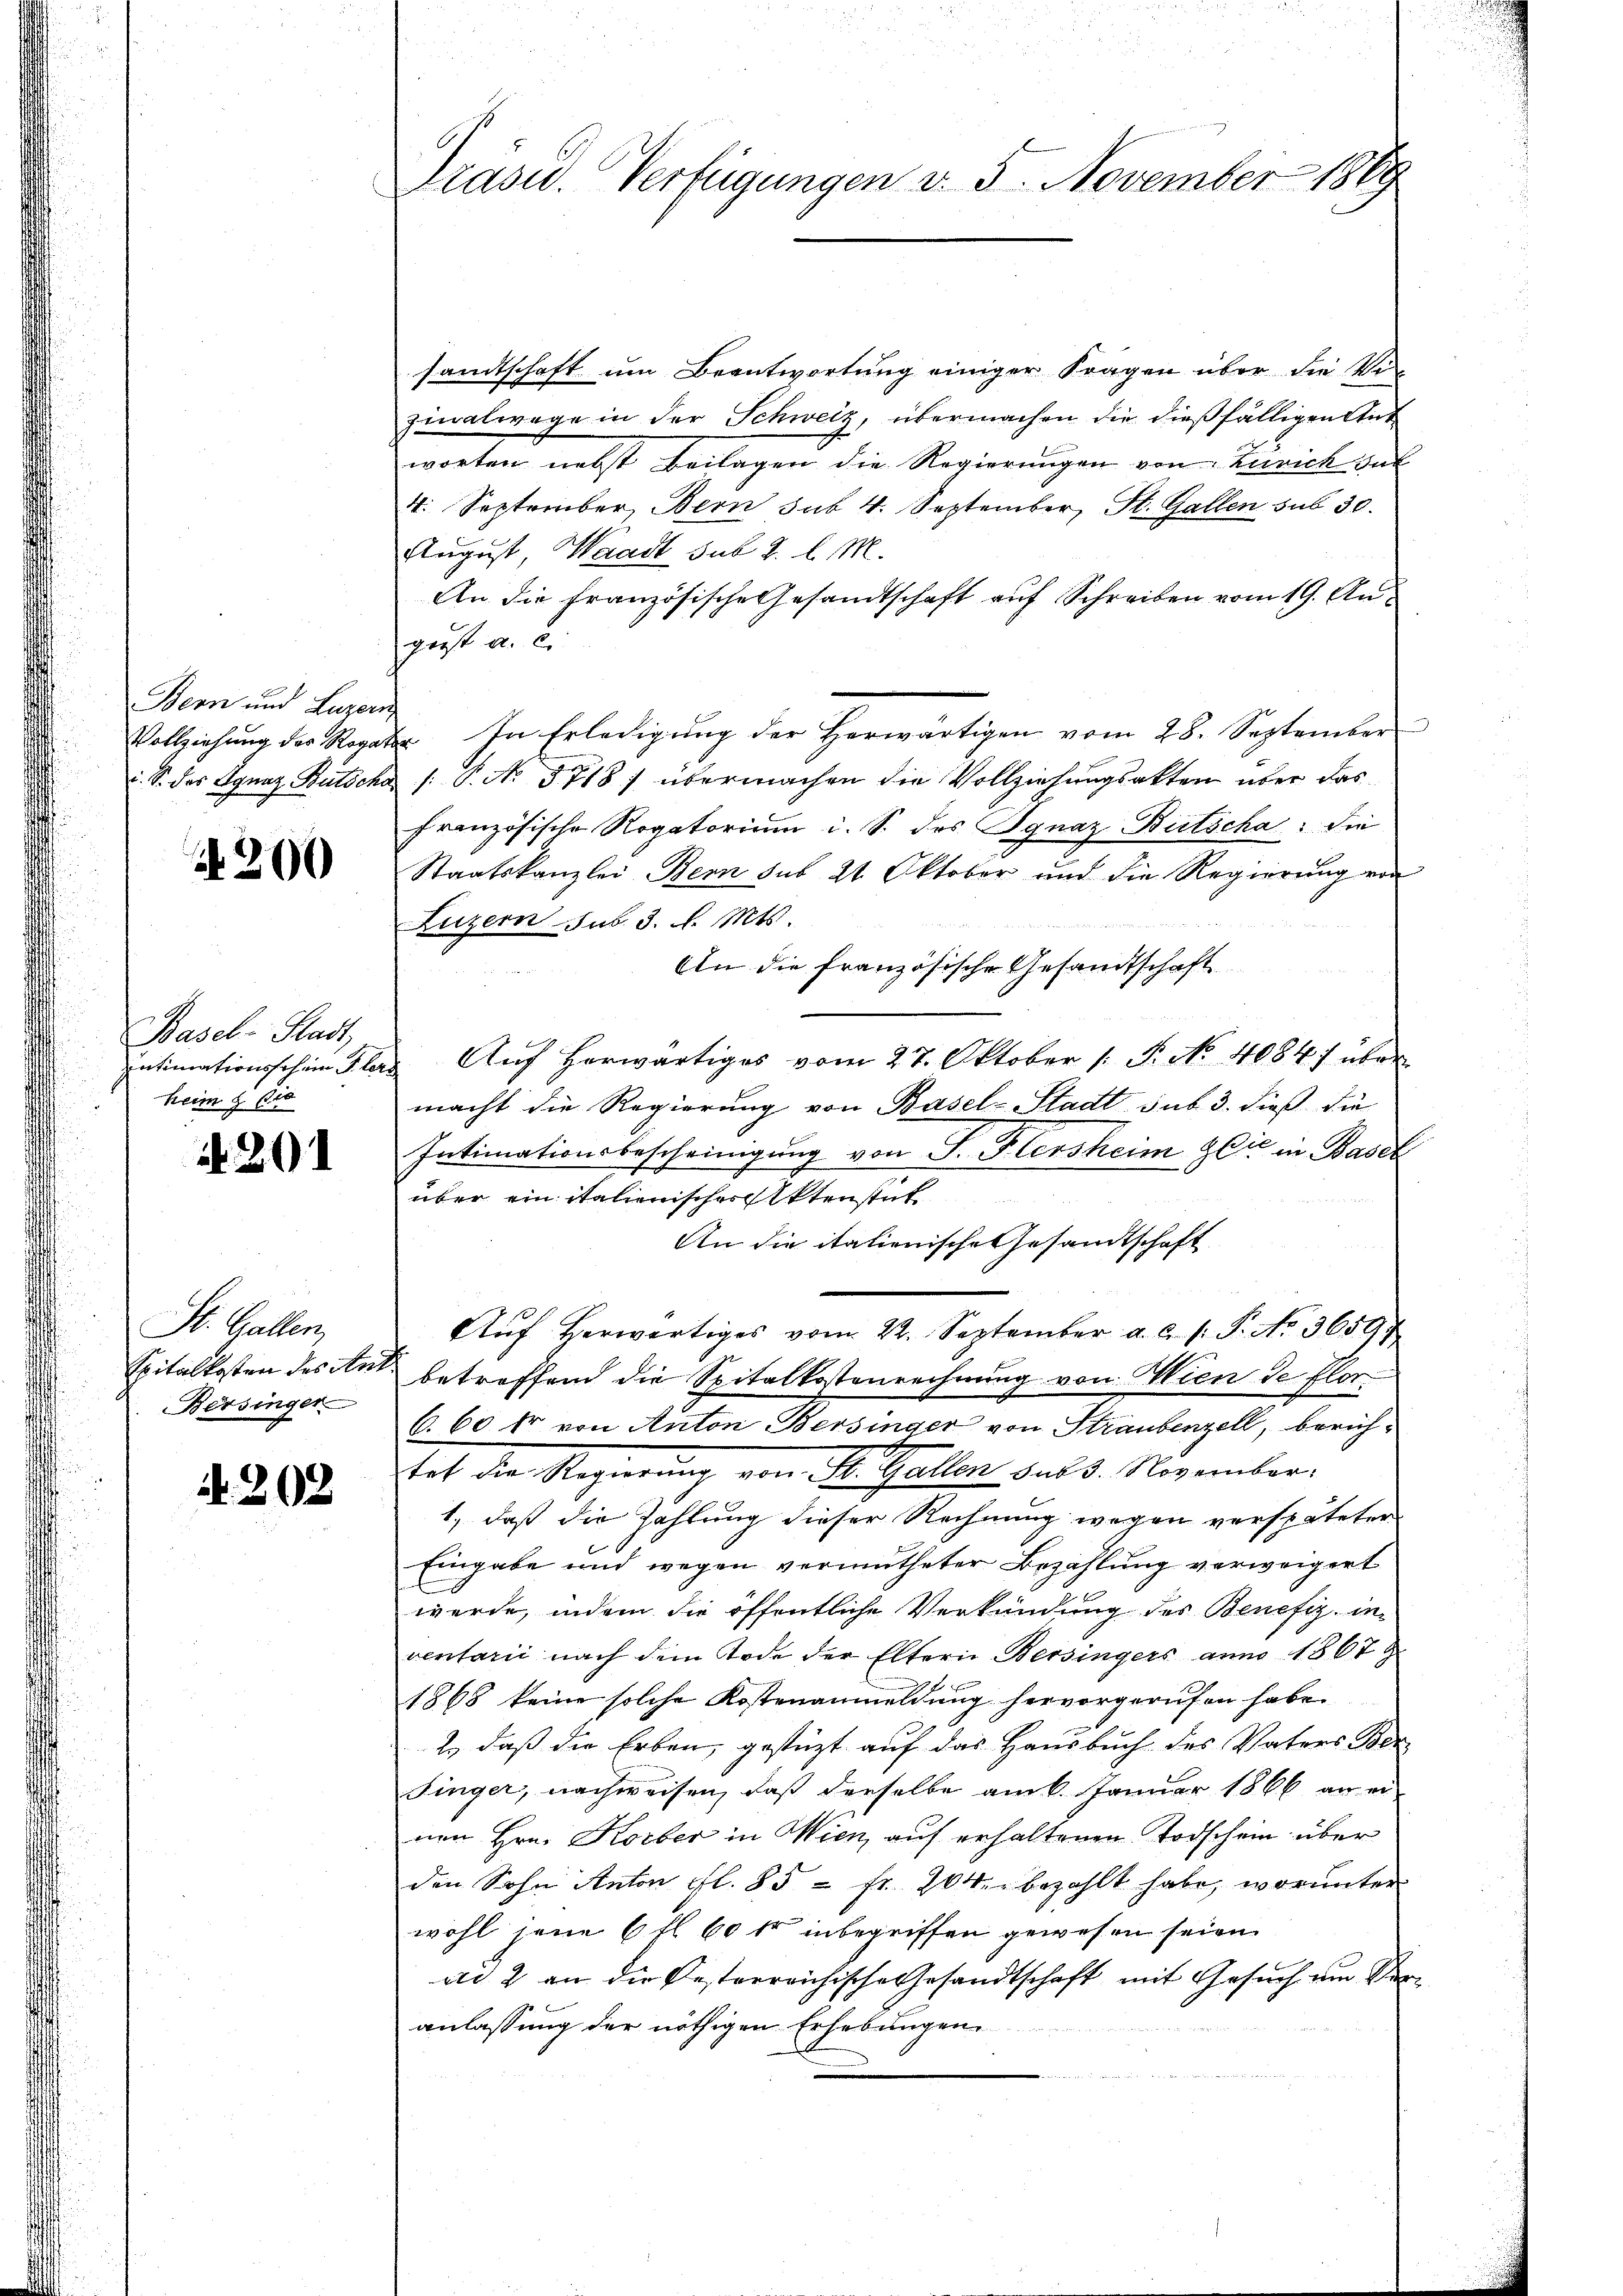
Bern und Luzern

300

Basel-Stadt,
heim § 60

Nr. 201

St. Gallen,
Spitalkosten des An¬
Bersinger

N 202

Präsid.. Verfügungen d. 5. November 1889

sandtschaft um Beantwortung einiger Fragen über die Vi
zinalwege in der Schweiz, übermachen die dießfälligen Ant
worten nebst Beilagen die Regierungen von Zürich sub
4. September, Bern sub. 4. September, St. Gallen sub 30.
August, Waadt sub 2. l. M.
An die französische Gesandtschaft auf Schreiben vom 19. August a. c.
Vollziehŭng des Rogate. In Erledigŭng der herwärtigen vom 28. September
i. S. des Ignaz Bütscha /: P. No 5718 f übermachen die Vollziehungsakten über das
französische Rogatorium i. S. des Ignaz Bütscha die
Staatskanzlei Bern sub 21. Oktober und die Regierŭng von
Luzern sub. 3. d. Mts.
An die französische Gesandtschaft
entimationsschen Glas Aŭf herwärtiges vom 27. Oktober 1 S. No. 4084f über
macht die Regierung von Basel-Stadt sub 3. dieß die
Intimationsbescheinigung von J. Hiersheim Cie in Basel
über ein italienischer Aktenstat
An die italienische Gesandtschaft
Aŭf herwärtiges vom 22. September a. c. s. S. No. 3659
betreffend die Spitalkostenrechnung von Wien de flor
6.60 kr von Anton Bersinger von Straubenzell, berichtat die Regierung von St. Gallen der 3. November.
1., daß die Zahlung dieser Rechnung wegen verspäteten
Eingabe und wegen vermutheter Bezahlung verweigert
werde, indem die öffentliche Verkündung des Benefiz, inventarii nach dem Tode der Eltern Bersingers anno 1867
1868 keine solche Kostenanmeldung hervorgerufen habe.
2., daß die Erben, gestüzt auf das Hausbuch des Vaters Ber
Singer, nachweisen, daß derselbe am 6. Januar 1866 an einen Hrn. Korber in Wien, auf erhaltenen Todschein über
den Sohn Anton fl. 85 = Fr. 204. bezahlt habe, worunter
wohl jene 6 fl. 60 fr inbegriffen gewesen seien.
ad 2 an die Oesterreichische Gesandtschaft mit Gesuch um Veranlassung der nöthigen Erhebungen
.